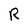
Character: R